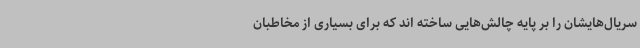
سریال‌هایشان را بر پایه چالش‌هایی ساخته اند که برای بسیاری از مخاطبان